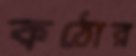
কঠোর